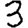
Digit: 3